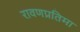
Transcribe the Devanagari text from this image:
रावणप्रतिमा